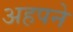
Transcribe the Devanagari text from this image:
अहपने